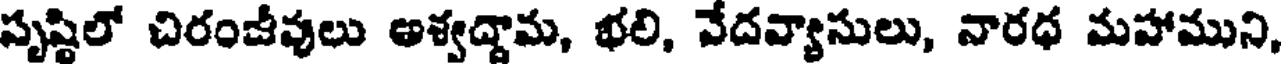
సృష్టిలో చిరంజీవులు అశ్వద్దామ, భలి, వేదవ్యాసులు, నారధ మహాముని,